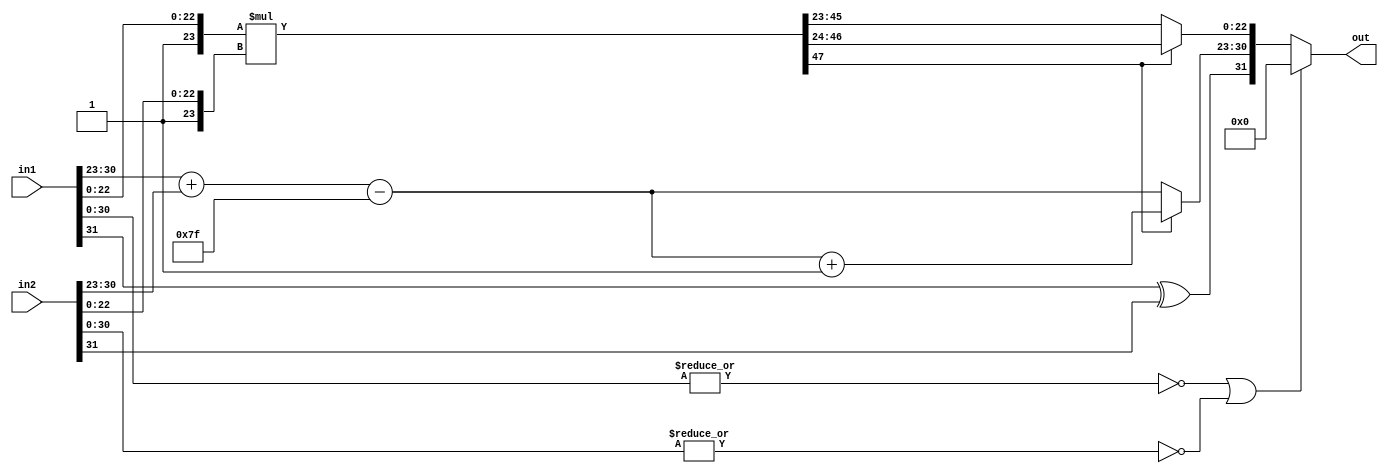
`timescale 1ns / 1ps


module floating_point_mul #(parameter
	DATA_WIDTH = 32,
	M = 23, 
	E = 8 )
    (
    input [DATA_WIDTH-1:0] in1,
    input [DATA_WIDTH-1:0] in2,
    output [DATA_WIDTH-1:0] out
    );
  
    localparam [E-1:0] Bias = 2**(E-1)-1;   
    
    wire sign1,sign2,signOUT;
    wire [E-1:0] Exponent1,Exponent2,ExponentOUT;
    wire [M-1:0] Mantissa1,Mantissa2,MantissaOUT; 
    
    wire [E-1:0]   ExponentUnNORMALIZED;
    wire [2*M+1:0] MantissaUnNORMALIZED;
    wire NormalizationNeeded, ZeroIN;
    
    assign sign1 = in1[DATA_WIDTH-1];
    assign sign2 = in2[DATA_WIDTH-1];
    assign Exponent1 = in1[DATA_WIDTH-2:DATA_WIDTH-E-1];
    assign Exponent2 = in2[DATA_WIDTH-2:DATA_WIDTH-E-1];
    assign Mantissa1 = in1[M-1:0];
    assign Mantissa2 = in2[M-1:0];
    
    assign signOUT = sign1 ^ sign2;
    
    assign ExponentUnNORMALIZED = Exponent1 + Exponent2 - Bias;
    assign MantissaUnNORMALIZED = {1'b1,Mantissa1} * {1'b1,Mantissa2};
    
    assign NormalizationNeeded = MantissaUnNORMALIZED[2*M+1];
    assign MantissaOUT = NormalizationNeeded ? MantissaUnNORMALIZED[2*M:M+1] : MantissaUnNORMALIZED[2*M-1:M];
    assign ExponentOUT = NormalizationNeeded ? ExponentUnNORMALIZED+1 : ExponentUnNORMALIZED ;
    
    assign ZeroIN = (~|in1[DATA_WIDTH-2:0]) | (~|in2[DATA_WIDTH-2:0]);
    assign out = ZeroIN ? 'b0 : {signOUT, ExponentOUT, MantissaOUT};
    
endmodule